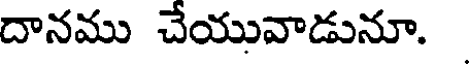
దానము చేయువాడునూ.